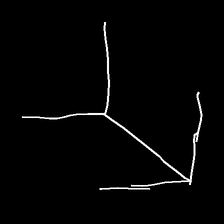
Glyph: gather